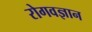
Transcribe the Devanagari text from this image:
रोगवज्ञान